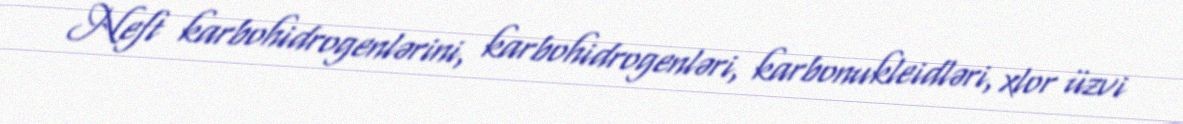
Neft karbohidrogenlərini, karbohidrogenləri, karbonukleidləri, xlor üzvi